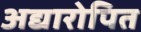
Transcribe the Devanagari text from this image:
अद्यारोपित